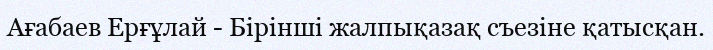
Ағабаев Ерғұлай - Бірінші жалпықазақ съезіне қатысқан.